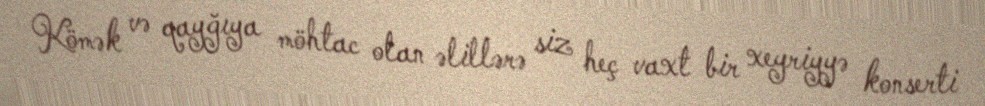
Kömək və qayğıya möhtac olan əlillərə siz heç vaxt bir xeyriyyə konserti